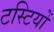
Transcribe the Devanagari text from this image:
टस्टियों